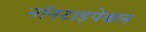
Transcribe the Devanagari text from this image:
नॉनटाइपेबल